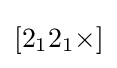
[2_{1}2_{1}{\times }]